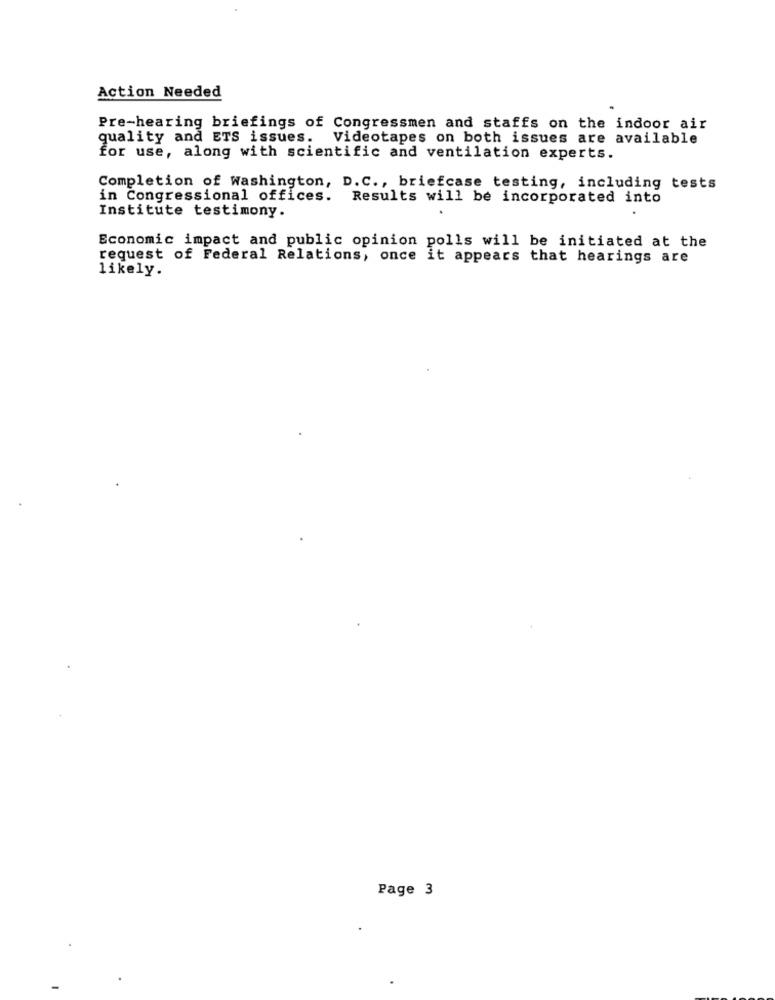
Action Needed
Pre-hearing briefings of Congressmen and staffs on the indoor air
quality and ETS issues.
Videotapes on both issues are available
for use, along with scientific and ventilation experts.
Completion of Washington, D.C ., briefcase testing, including tests
in Congressional offices. Results will be incorporated into
Institute testimony.
.
Economic impact and public opinion polls will be initiated at the
request of Federal Relations, once it appears that hearings are
likely.
Page 3